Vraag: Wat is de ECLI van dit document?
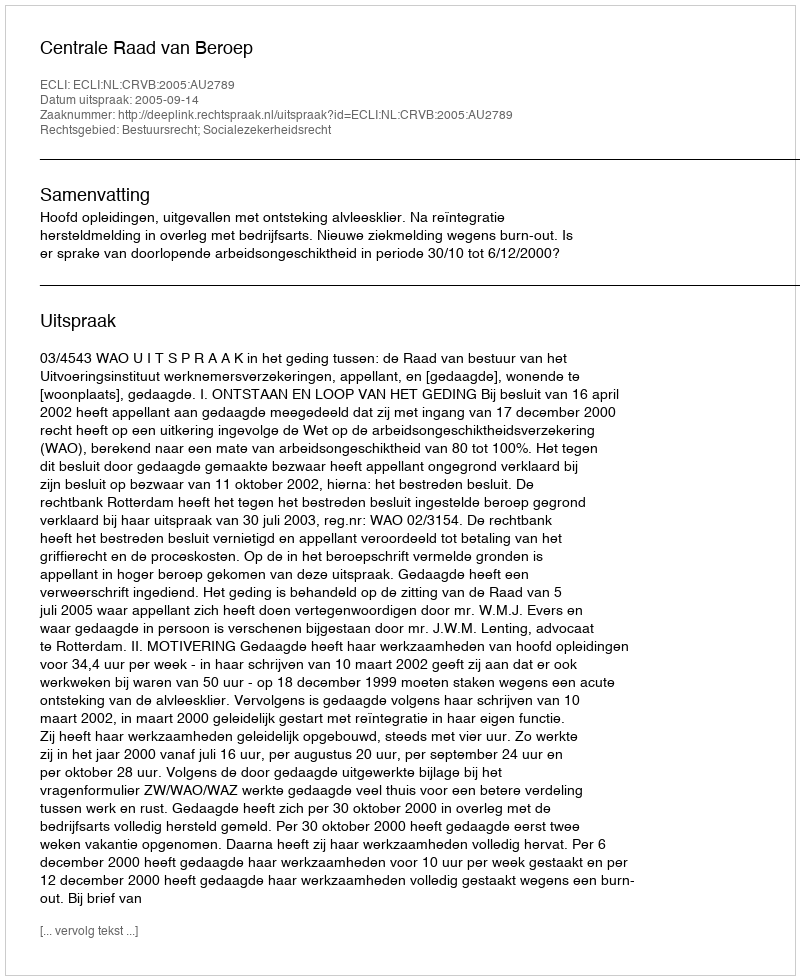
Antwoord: ECLI:NL:CRVB:2005:AU2789